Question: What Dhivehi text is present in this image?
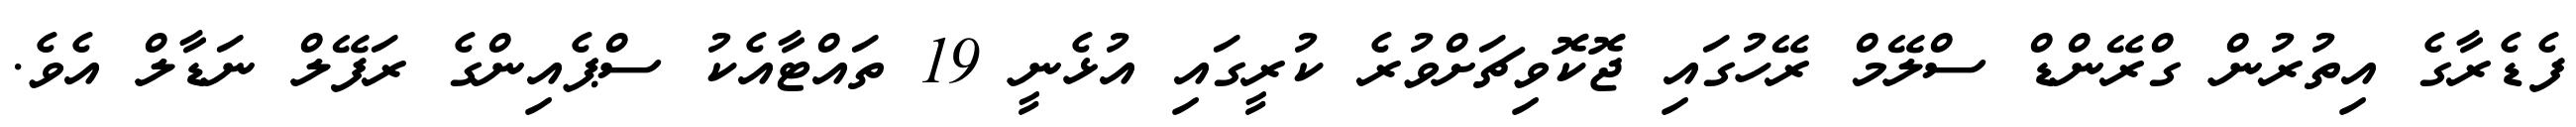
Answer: ފެޑެރާގެ އިތުރުން ގްރޭންޑް ސްލޭމް ރޭހުގައި ޖޮކޮވިޗަށްވުރެ ކުރީގައި އުޅެނީ 19 ތައްޓާއެކު ސްޕެއިންގެ ރަފޭލް ނަޑާލް އެވެ.